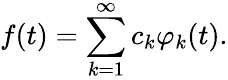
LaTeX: f(t)=\sum_{k=1}^{\infty}c_{k}\varphi_{k}(t).